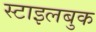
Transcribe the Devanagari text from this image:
स्टाइलबुक